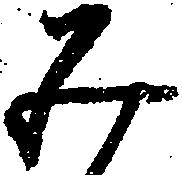
み